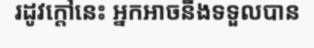
រដូវក្តៅនេះ អ្នកអាចនឹងទទួលបាន